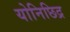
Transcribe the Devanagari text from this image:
योनिछिद्र